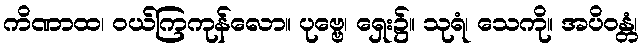
ကိဏာထ၊ ဝယ်ကြကုန်လော။ ပုဗ္ဗေ၊ ရှေး၌။ သုရံ၊ သေကို။ အပိဝန္တံ၊